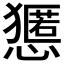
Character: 𱮬